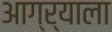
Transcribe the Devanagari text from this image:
आग्र्‍याला